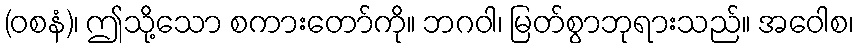
(ဝစနံ)၊ ဤသို့သော စကားတော်ကို။ ဘဂဝါ၊ မြတ်စွာဘုရားသည်။ အဝေါစ၊